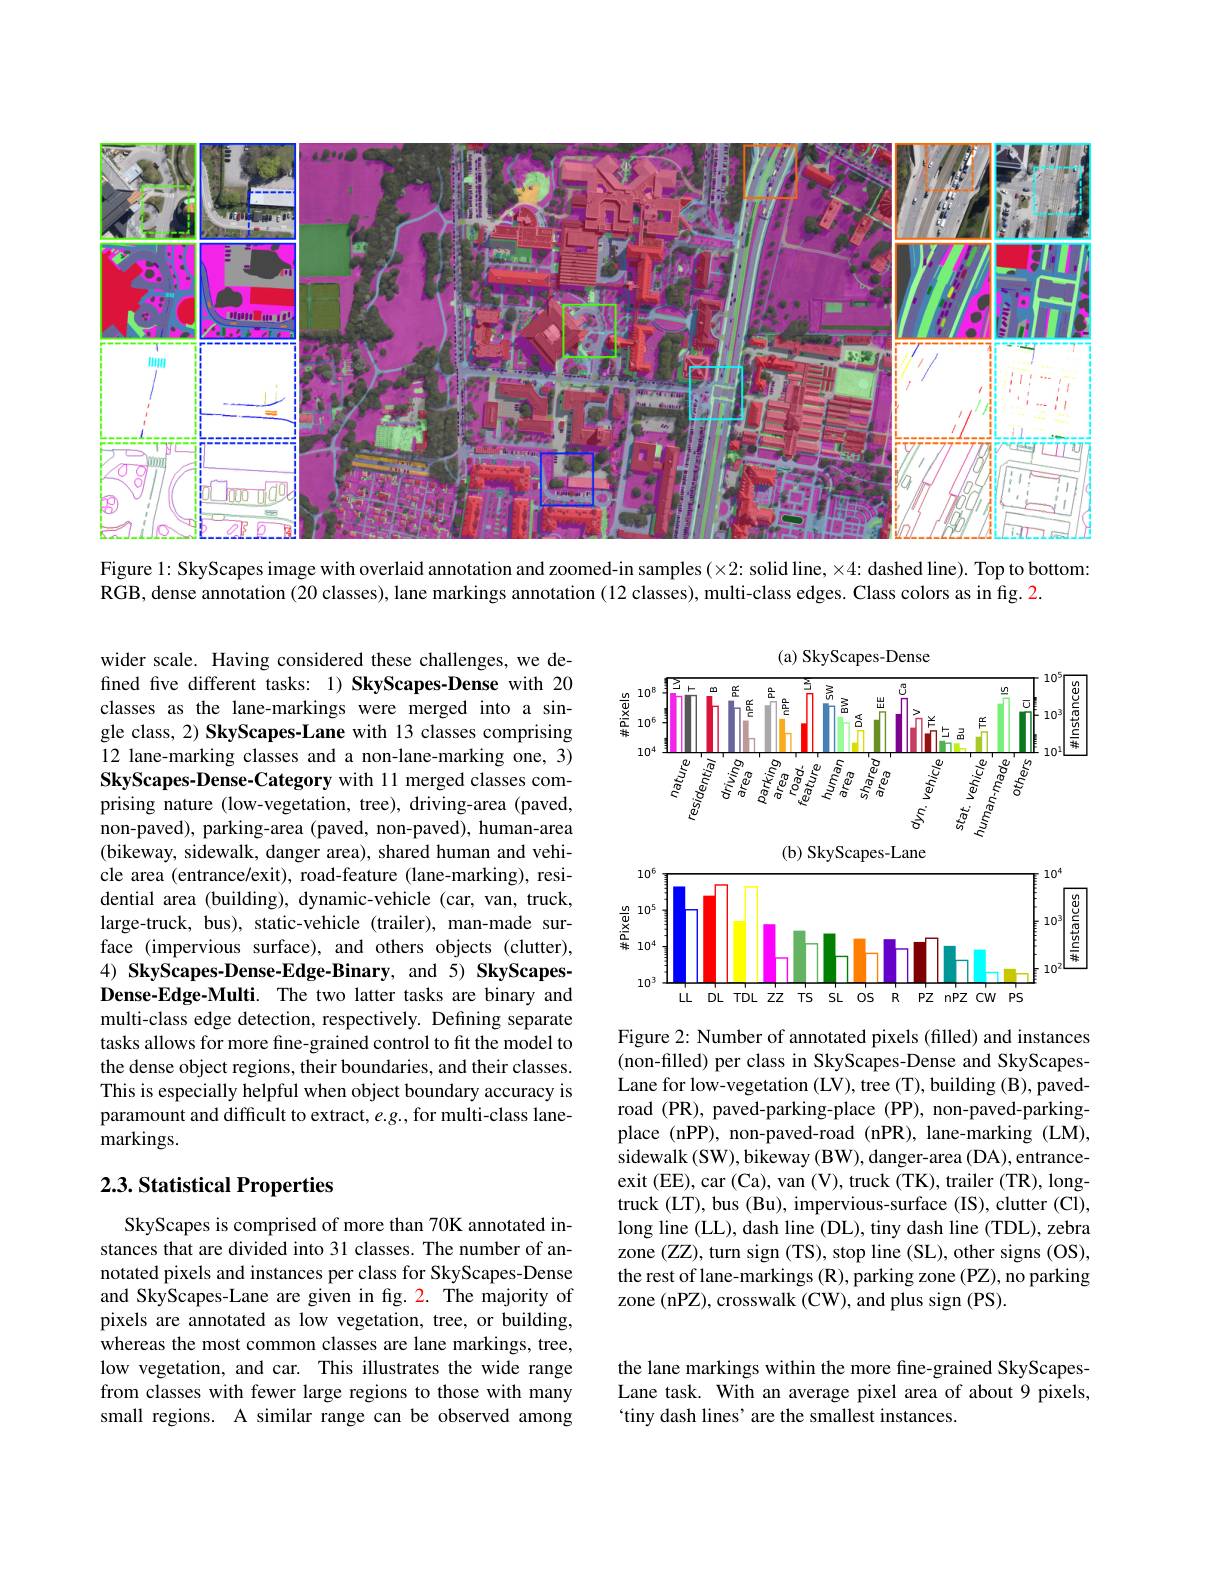
<FigureHere>

Figure 1: SkyScapes image with overlaid annotation and zoomed-in samples (×2: solid line, ×4: dashed line). Top to bottom:
RGB, dense annotation (20 classes), lane markings annotation (12 classes), multi-class edges. Class colors as in fig. 2

<FigureHere>

wider scale. Having considered these challenges, we defined five different tasks: 1) SkyScapes-Dense with 20 classes as the lane-markings were merged into a single class, 2) SkyScapes-Lane with 13 classes comprising 12 lane-marking classes and a non-lane-marking one, 3) SkyScapes-Dense-Category with 11 merged classes comprising nature (low-vegetation, tree), driving-area (paved, non-paved), parking-area (paved, non-paved), human-area (bikeway, sidewalk, danger area), shared human and vehicle area (entrance/exit), road-feature (lane-marking), residential area (building), dynamic-vehicle (car, van, truck, large-truck, bus), static-vehicle (trailer), man-made surface (impervious surface), and others objects (clutter), 4) SkyScapes-Dense-Edge-Binary, and 5) SkyScapesDense-Edge-Multi. The two latter tasks are binary and multi-class edge detection, respectively. Defining separate tasks allows for more fine-grained control to fit the model to the dense object regions, their boundaries, and their classes. This is especially helpful when object boundary accuracy is paramount and difficult to extract, e.g., for multi-class lane- ${\mathrm{markings.}}$

Figure 2: Number of annotated pixels (filled) and instances (non-filled) per class in SkyScapes-Dense and SkyScapesLane for low-vegetation (LV), tree (T), building (B), pavedroad (PR), paved-parking-place (PP), non-paved-parkingplace (nPP), non-paved-road (nPR), lane-marking (LM), sidewalk (SW), bikeway (BW), danger-area (DA), entranceexit (EE), car (Ca), van (V), truck (TK), trailer (TR), longtruck (LT), bus (Bu), impervious-surface (IS), clutter (Cl), long line (LL), dash line (DL), tiny dash line (TDL), zebra zone (ZZ), turn sign (TS), stop line (SL), other signs (OS), the rest of lane-markings (R), parking zone (PZ), no parking zone (nPZ), crosswalk (CW), and plus sign (PS).

### 2.3. Statistical Properties

SkyScapes is comprised of more than 70K annotated instances that are divided into 31 classes. The number of annotated pixels and instances per class for SkyScapes-Dense and SkyScapes-Lane are given in fig. 2. The majority of pixels are annotated as low vegetation, tree, or building, whereas the most common classes are lane markings, tree, low vegetation, and car. This illustrates the wide range from classes with fewer large regions to those with many small regions. A similar range can be observed among

the lane markings within the more fine-grained SkyScapesLane task. With an average pixel area of about 9 pixels, `tiny dash lines' are the smallest instances.